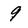
Character: 9